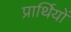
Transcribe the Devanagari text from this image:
प्रार्थियों